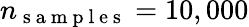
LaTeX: n_{\mathrm{~s~a~m~p~l~e~s~}}=10,000